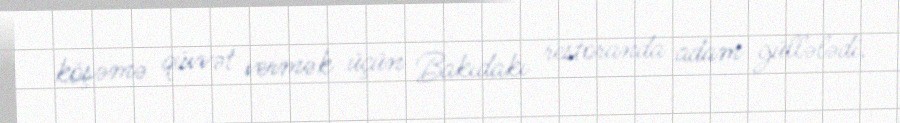
köşəmə qüvvət vermək üçün Bakıdakı restoranda adam güllələdi.